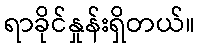
ရာခိုင်နှုန်းရှိတယ်။